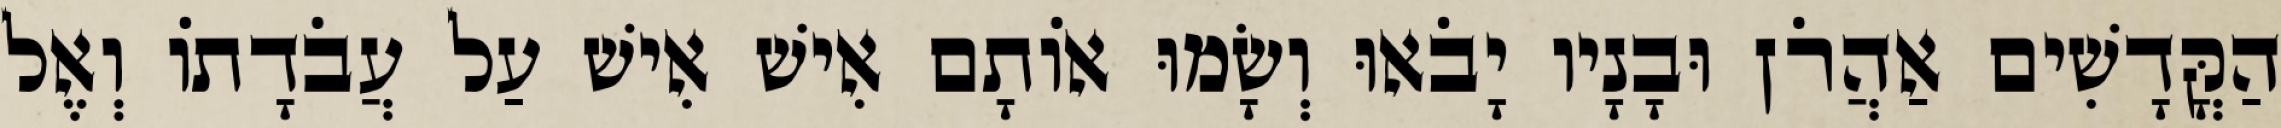
הַקֳּדָשִׁים אַהֲרֹן וּבָנָיו יָבֹאוּ וְשָׂמוּ אוֹתָם אִישׁ אִישׁ עַל עֲבֹדָתוֹ וְאֶל